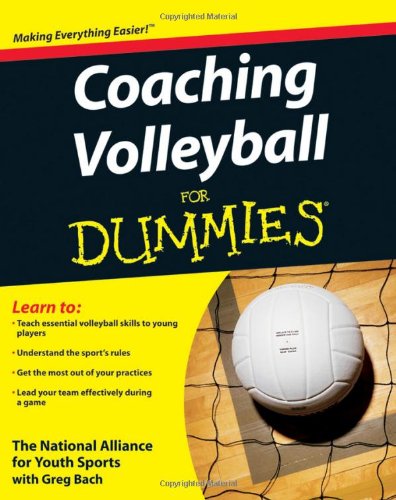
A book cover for Coaching Volleyball For Dummies; The National Alliance For Youth Sports; Sports & Outdoors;